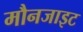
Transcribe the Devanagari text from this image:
मौनजाइट